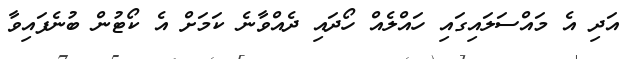
އަދި އެ މައްސަލައިގައި ހައްލެއް ހޯދައި ދެއްވާނެ ކަމަށް އެ ކޯޓުން ބުނެފައިވާ